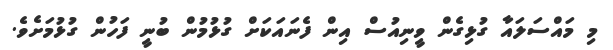
މި މައްސަލައާ ގުޅިގެން ވީނިއުސް އިން ފެނައަކަށް ގުޅުމުން ބުނީ ފަހުން ގުޅުމަށެވެ.